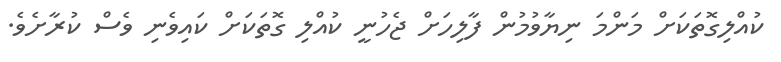
ކުއްލިގޮތަކަށް މަންމަ ނިޔާވުމުން ފާލިހަށް ޖެހުނީ ކުއްލި ގޮތަކަށް ކައިވެނި ވެސް ކުރާށެވެ.